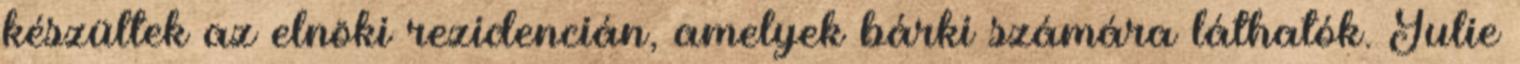
készültek az elnöki rezidencián, amelyek bárki számára láthatók. Julie